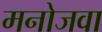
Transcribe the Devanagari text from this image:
मनोजवा